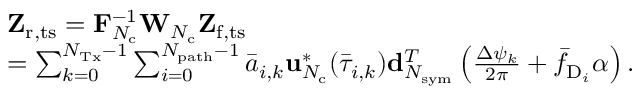
\begin{array} { r l } & { \mathbf { Z } _ { \mathrm { r , t s } } = \mathbf { F } _ { N _ { \mathrm { c } } } ^ { - 1 } \mathbf { W } _ { N _ { \mathrm { c } } } \mathbf { Z } _ { \mathrm { f , t s } } } \\ & { = \sum _ { k = 0 } ^ { N _ { \mathrm { T x } } - 1 } \sum _ { i = 0 } ^ { N _ { \mathrm { p a t h } } - 1 } \bar { a } _ { i , k } \mathbf { u } _ { N _ { \mathrm { c } } } ^ { * } ( \bar { \tau } _ { i , k } ) \mathbf { d } _ { N _ { \mathrm { s y m } } } ^ { T } \left( \frac { \Delta \psi _ { k } } { 2 \pi } + \bar { f } _ { \mathrm { D } _ { i } } \alpha \right) . } \end{array}